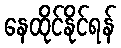
နေထိုင်နိုင်ရန်